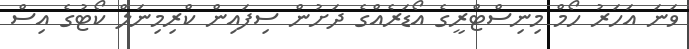
ވަނަ އަހަރު ހޯމް މިނިސްޓްރީގެ އޯޑަރެއްގެ ދަށުން ސިފައިން ކްރިމިނަލް ކޯޓުގެ އިސް